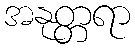
အနုတ္တရာ